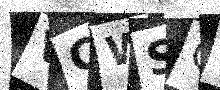
Text: VCWSC2